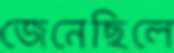
জেনেছিলে